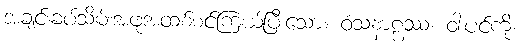
အချင်းခပ်သိမ်းအဖုအထစ်စင်ကြယ်ပြီးသော။ ဝံသနာဠဿ၊ ဝါးပင်ကို။